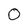
Character: 0